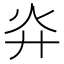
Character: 灷